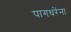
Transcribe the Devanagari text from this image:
पागधरेंना